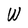
Character: W